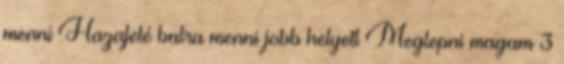
menni Hazafelé balra menni jobb helyett Meglepni magam 3